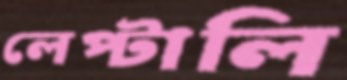
লেপ্‌টালি